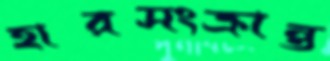
হারসংক্রান্ত